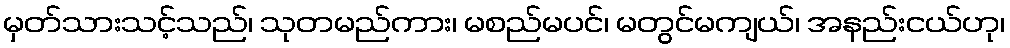
မှတ်သားသင့်သည်၊ သုတမည်ကား၊ မစည်မပင်၊ မတွင်မကျယ်၊ အနည်းငယ်ဟု၊